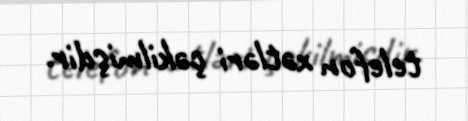
telefon xətləri çəkilmişdir.